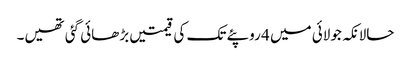
حالانکہ جولائی میں 4 روپئے تک کی قیمتیں بڑھائی گئی تھیں۔